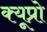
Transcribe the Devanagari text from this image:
क्यूप्रो